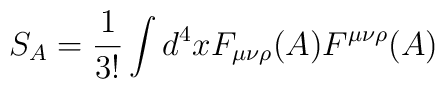
S_{A}=\frac{1}{3!}\int d^{4}xF_{\mu\nu\rho}(A)F^{\mu\nu\rho}(A) \nonumber